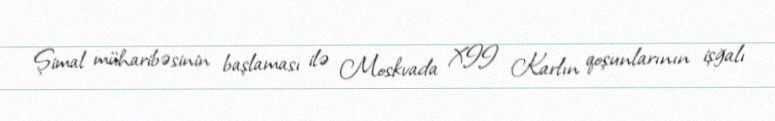
Şimal müharibəsinin başlaması ilə Moskvada XII Karlın qoşunlarının işğalı